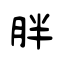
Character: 胖